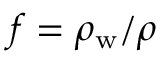
f = \rho _ { \mathrm { w } } / \rho